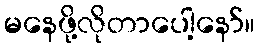
မနေဖို့လိုတာပေါ့နော်။